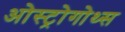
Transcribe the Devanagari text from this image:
ओस्ट्रोगोथ्स